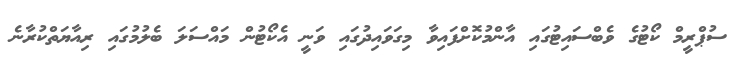
ސުޕްރީމް ކޯޓުގެ ވެބްސައިޓުގައި އާންމުކޮށްފައިވާ މިގަވައިދުގައި ވަނީ އެކޯޓުން މައްސަލަ ބެލުމުގައި ރިއާޔަތްކުރާނެ